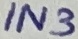
Text: IN3